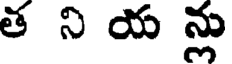
త ని య న్లు